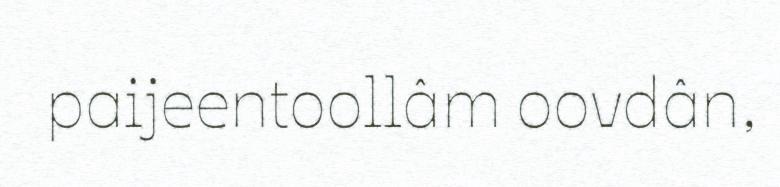
paijeentoollâm oovdân,